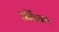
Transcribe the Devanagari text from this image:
अर्विन्ग